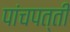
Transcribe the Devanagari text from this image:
पांचपत्ती